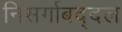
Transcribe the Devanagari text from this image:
निसर्गाबद्दल